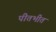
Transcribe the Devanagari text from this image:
पीतभीत